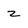
Character: z